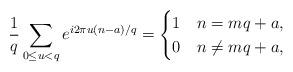
LaTeX: \begin{align*}\frac{1}{q}\sum_{0\leq u<q }e^{i 2 \pi u (n-a)/q}=\begin{cases}1& n=mq+a,\\0& n\ne mq+a,\end{cases}\end{align*}